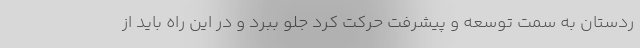
ردستان به سمت توسعه و پیشرفت حرکت کرد جلو ببرد و در این راه باید از